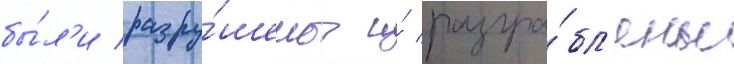
бы́л'и разру́шены и́ разгра́бл'ены